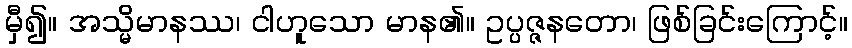
မှီ၍။ အသ္မိမာနဿ၊ ငါဟူသော မာန၏။ ဥပ္ပဇ္ဇနတော၊ ဖြစ်ခြင်းကြောင့်။